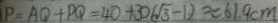
P = A Q + P Q = 4 0 + 3 0 ( \sqrt { 3 } - 1 ) \approx 6 1 . 9 c m